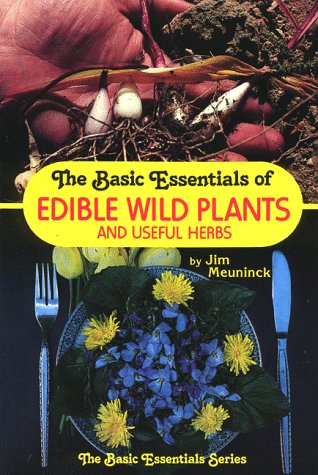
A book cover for The Basic Essentials of Edible Wild Plants and Useful Herbs; Jim Meuninck; Crafts, Hobbies & Home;